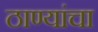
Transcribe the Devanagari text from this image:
ठाण्यांचा